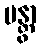
မန္တွာ